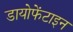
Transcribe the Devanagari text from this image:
डायोफेंटाइन